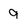
Character: 9